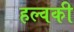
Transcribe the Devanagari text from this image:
हल्वकी